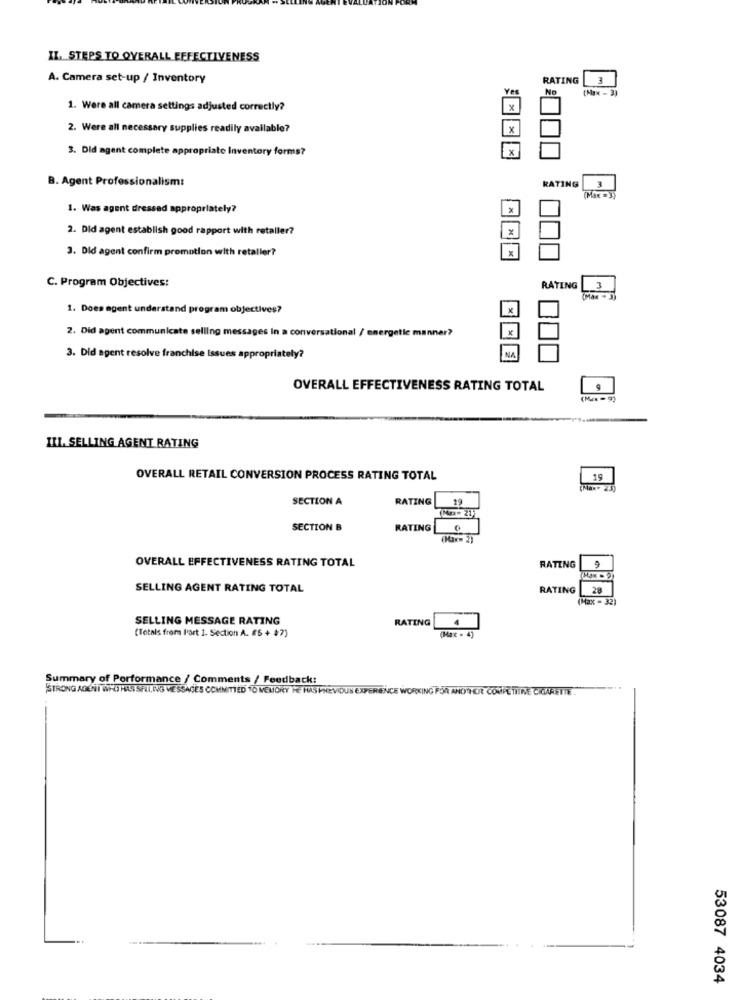
IL. STEPS TO OVERALL EFFECTIVENESS
A. Camera set-up / Inventory
RATING
3
Yer
No
(Max - 3)
1. Were all camera settings adjusted correctly?
2. Were all necessary supplies readily available?
X
3. Did agent complete appropriate Inventory forms?
x
B. Agent Professionalism:
RATING
3
(Max =3)
1. Was agent dressed appropriately?
x
2. Did agent establish good rapport with retaller?
3. Did agent confirm promotion with retaller?
C. Program Objectives:
RATING
3
(Max -3)
1. Does agent understand program objectives?
X
2. Did agent communicate selling messages in a conversational / energetic manner?
NA
3. Did agent resolve franchise Issues appropriately?
OVERALL EFFECTIVENESS RATING TOTAL
III. SELLING AGENT RATING
OVERALL RETAIL CONVERSION PROCESS RATING TOTAL
(Max. 25)
SECTION A
RATING
19
SECTION B
RATING
OVERALL EFFECTIVENESS RATING TOTAL
RATING
SELLING AGENT RATING TOTAL
RATING
28
(Max - 32)
SELLING MESSAGE RATING
RATING
4
(Totals from l'art ]. Section A. £5 + 47)
(Max . 4)
Summary of Performance / Comments / Feedback:
STRONG AGENT WHO HAS SELLING MESSAGES COMMITTED TO MEMORY HE HAS PREVIOUS EXPERIENCE WORKING FOR ANOTHER COMPE TITNE CITARETTE .
53087 4034